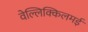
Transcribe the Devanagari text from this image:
वेल्लिक्किलमई